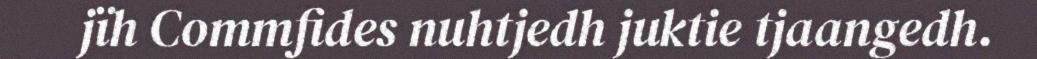
jïh Commfides nuhtjedh juktie tjaangedh.